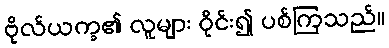
ဗိုလ်ယက္ခ၏ လူများ ဝိုင်း၍ ပစ်ကြသည်။